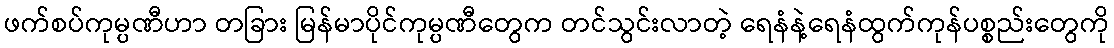
ဖက်စပ်ကုမ္ပဏီဟာ တခြား မြန်မာပိုင်ကုမ္ပဏီတွေက တင်သွင်းလာတဲ့ ရေနံနဲ့ရေနံထွက်ကုန်ပစ္စည်းတွေကို